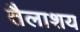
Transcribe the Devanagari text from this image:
तैलाशय